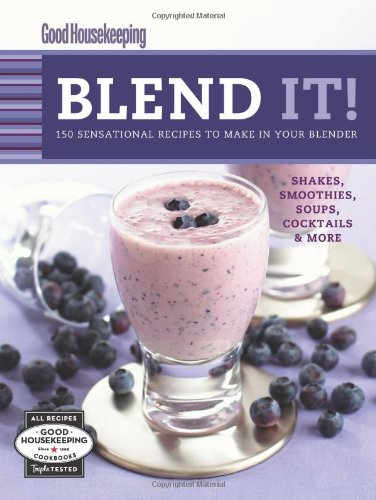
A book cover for Good Housekeeping Blend It!: 150 Sensational Recipes to Make in Your Blender (Favorite Good Housekeeping Recipes); Cookbooks, Food & Wine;